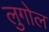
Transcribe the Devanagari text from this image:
लुगोल